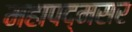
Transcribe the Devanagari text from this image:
महापद्मसर